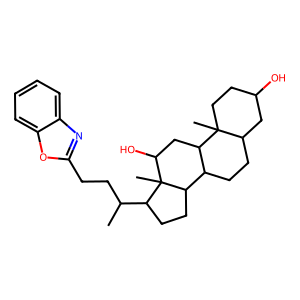
SMILES: CC(CCc1nc2ccccc2o1)C1CCC2C3CCC4CC(O)CCC4(C)C3CC(O)C12C
Inhibits HIV replication: No